DOW-UAP-D48, Department of the Air Force Report, 1996
Agency: Department of War
Incident date: 9/10/96
Page 43
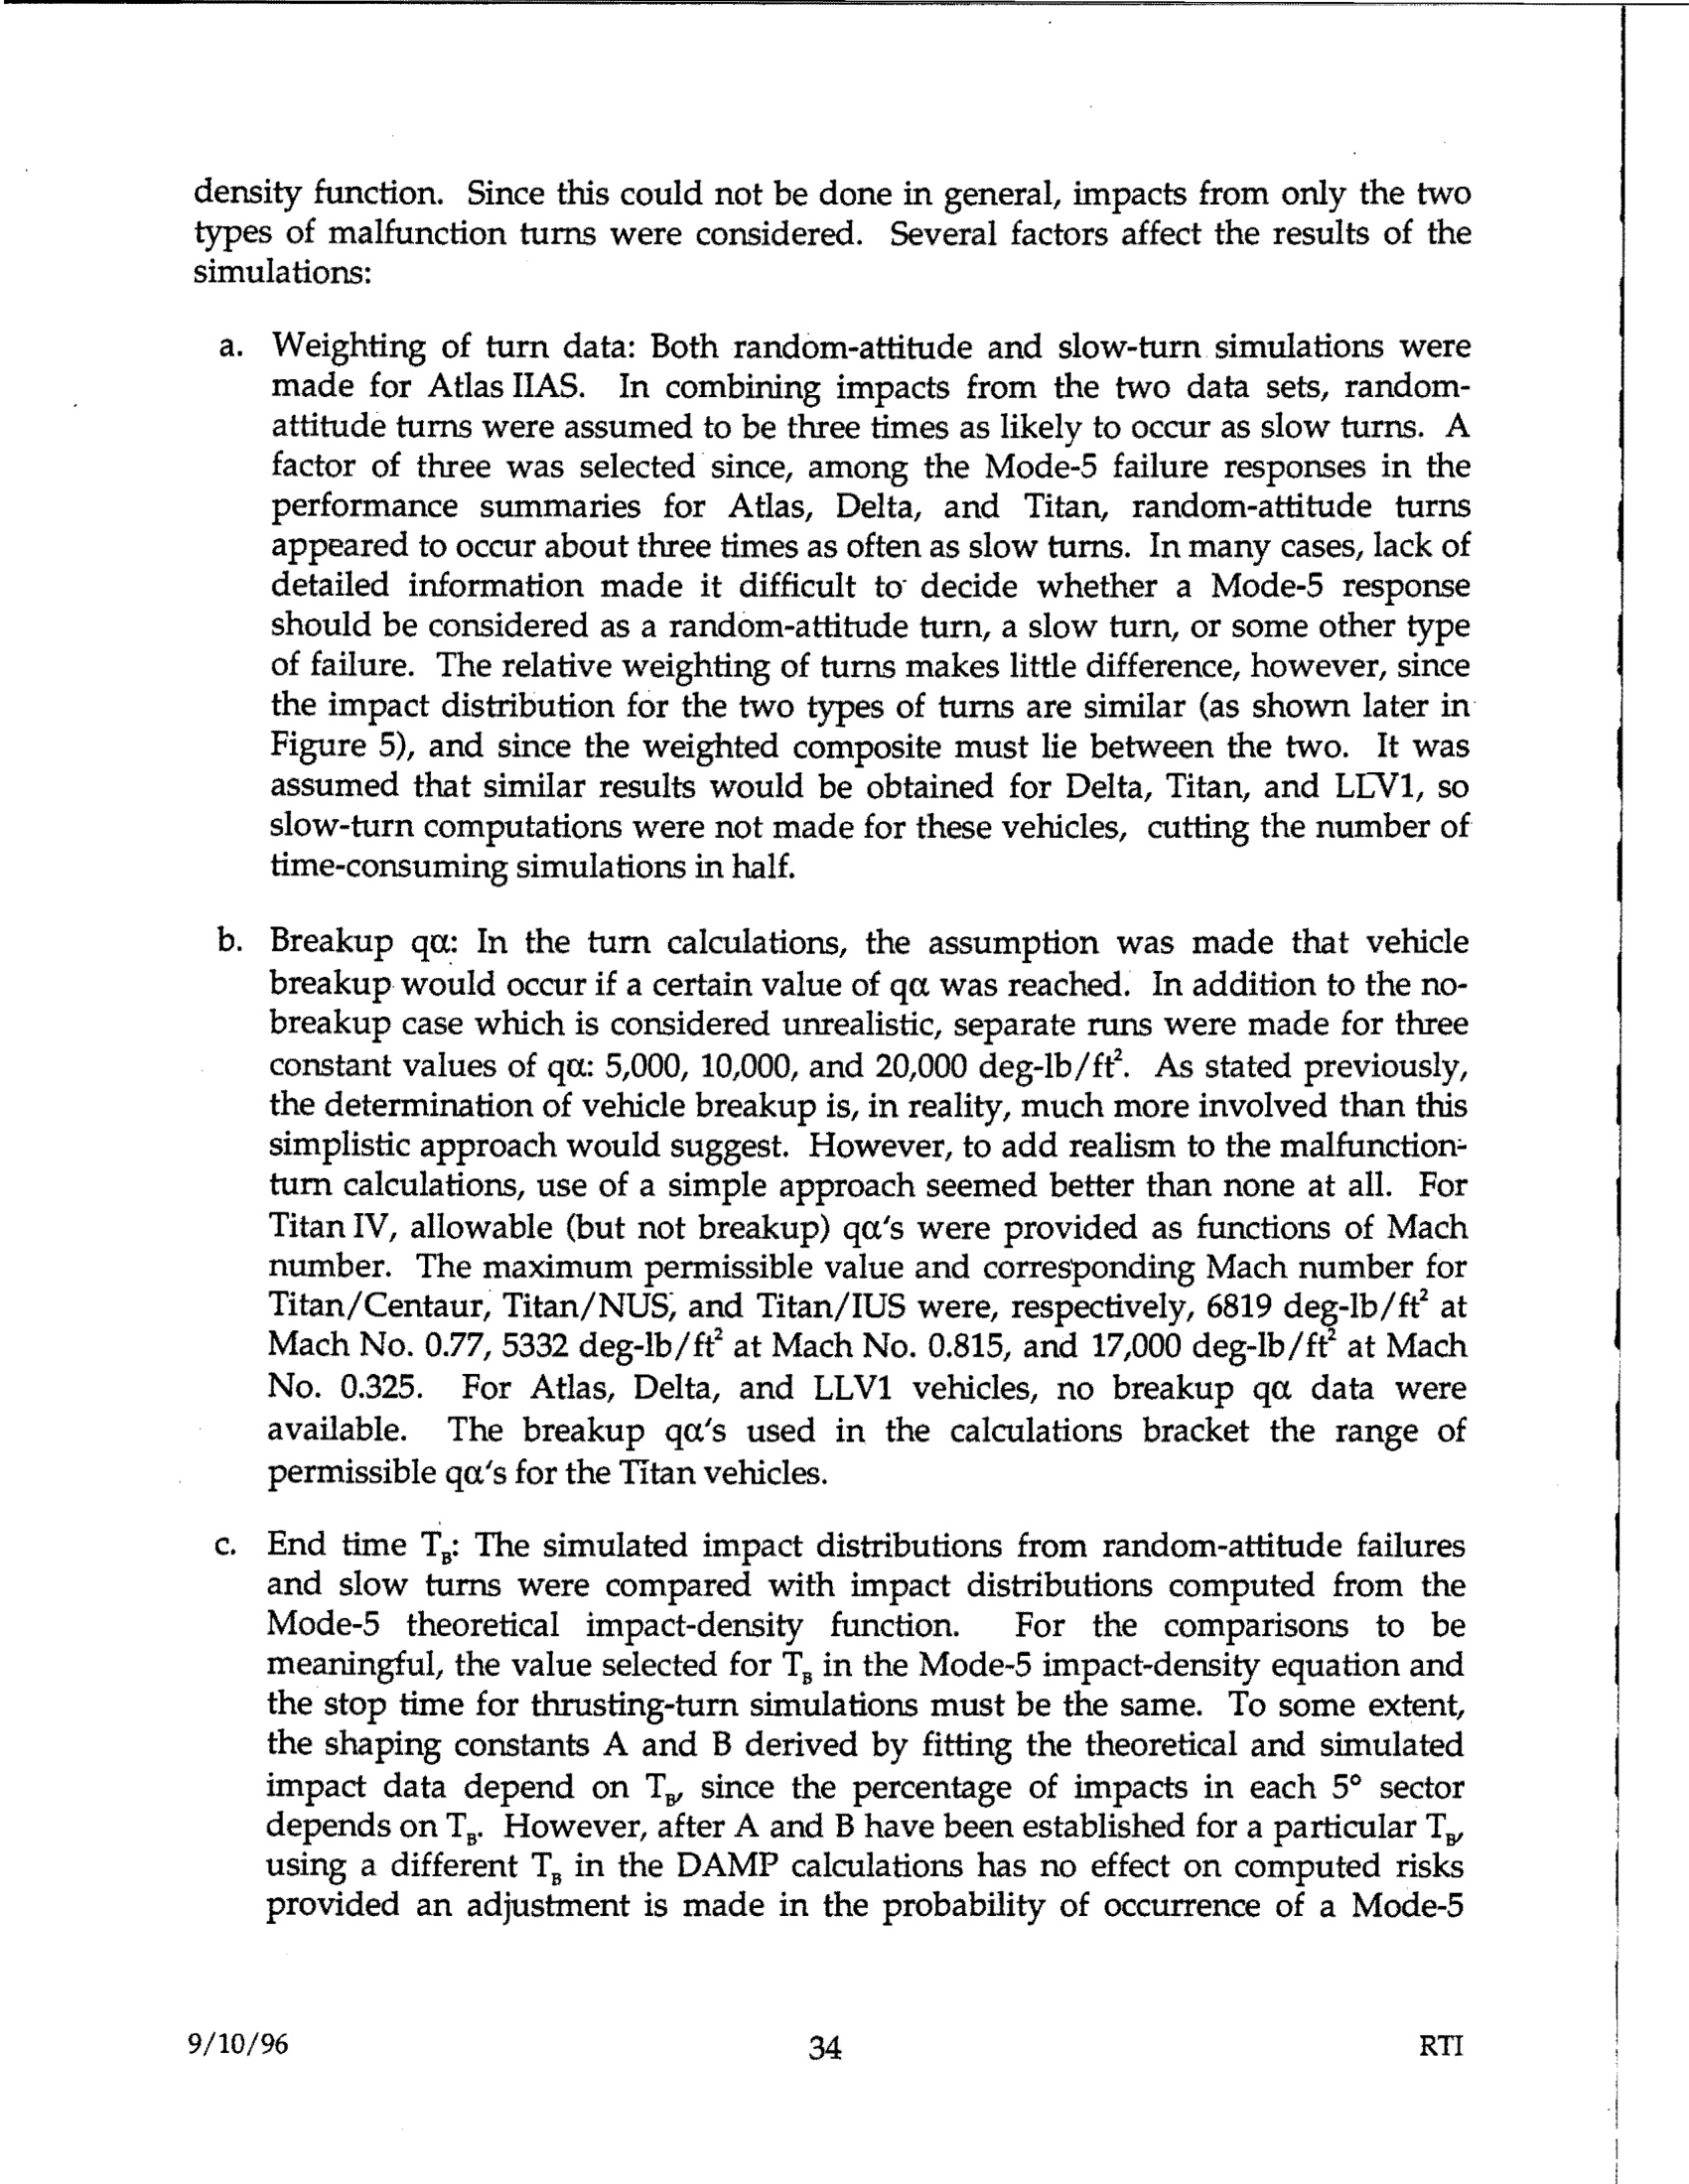